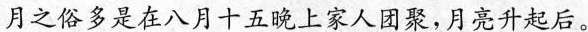
月之俗多是在八月十五晚上家人团聚，月亮升起后。